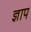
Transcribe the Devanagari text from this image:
ज्ञाप